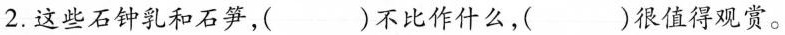
2.这些石钟乳和石笋，()不比作什么，()很值得观赏。